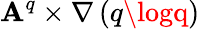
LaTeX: \boldsymbol{\mathbf{A}}^{q}\times\nabla\left({q\logq}\right)